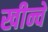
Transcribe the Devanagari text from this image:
खीन्चे